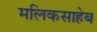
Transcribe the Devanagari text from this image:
मलिकसाहेब